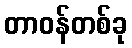
တာဝန်တစ်ခု